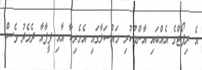
އެ ރިޕޯޓްގެ އެއްބައި އާންމުކުރި މައްސަލާގައި އެމެރިކާ އާއި ފީފާއާ ދެމެދު ވެސް